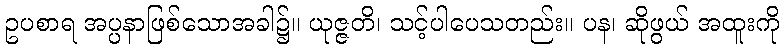
ဥပစာရ အပ္ပနာဖြစ်သောအခါ၌။ ယုဇ္ဇတိ၊ သင့်ပါပေသတည်း။ ပန၊ ဆိုဖွယ် အထူးကို